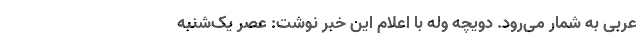
عربی به شمار می‌رود. دویچه وله با اعلام این خبر نوشت: عصر یک‌شنبه